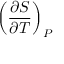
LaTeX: \left( { \frac { \partial S } { \partial T } } \right) _ { P }